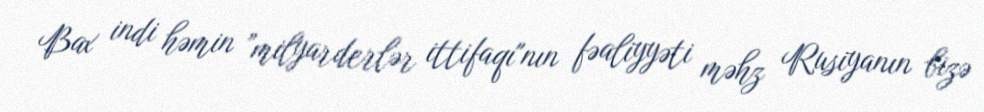
Bax indi həmin ”milyarderlər ittifaqı"nın fəaliyyəti məhz Rusiyanın bizə